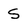
Character: S